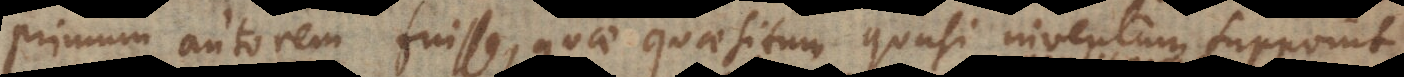
primum autorem fuisse, quae quaesitum quasi inventum suppon